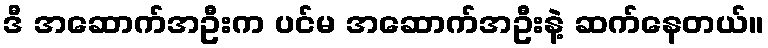
ဒီ အဆောက်အဦးက ပင်မ အဆောက်အဦးနဲ့ ဆက်နေတယ်။